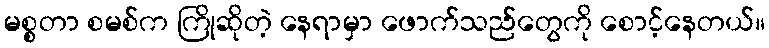
မစ္စတာ စမစ်က ကြိုဆိုတဲ့ နေရာမှာ ဖောက်သည်တွေကို စောင့်နေတယ်။